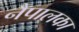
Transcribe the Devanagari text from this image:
नैपालका